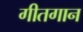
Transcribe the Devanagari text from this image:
गीतगान